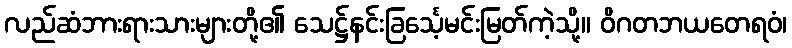
လည်ဆံဘားရားသားများတို့၏ သေဋ္ဌ်နင်းခြင်္သေ့မင်းမြတ်ကဲ့သို့။ ဝိဂတဘယတေရဝံ၊